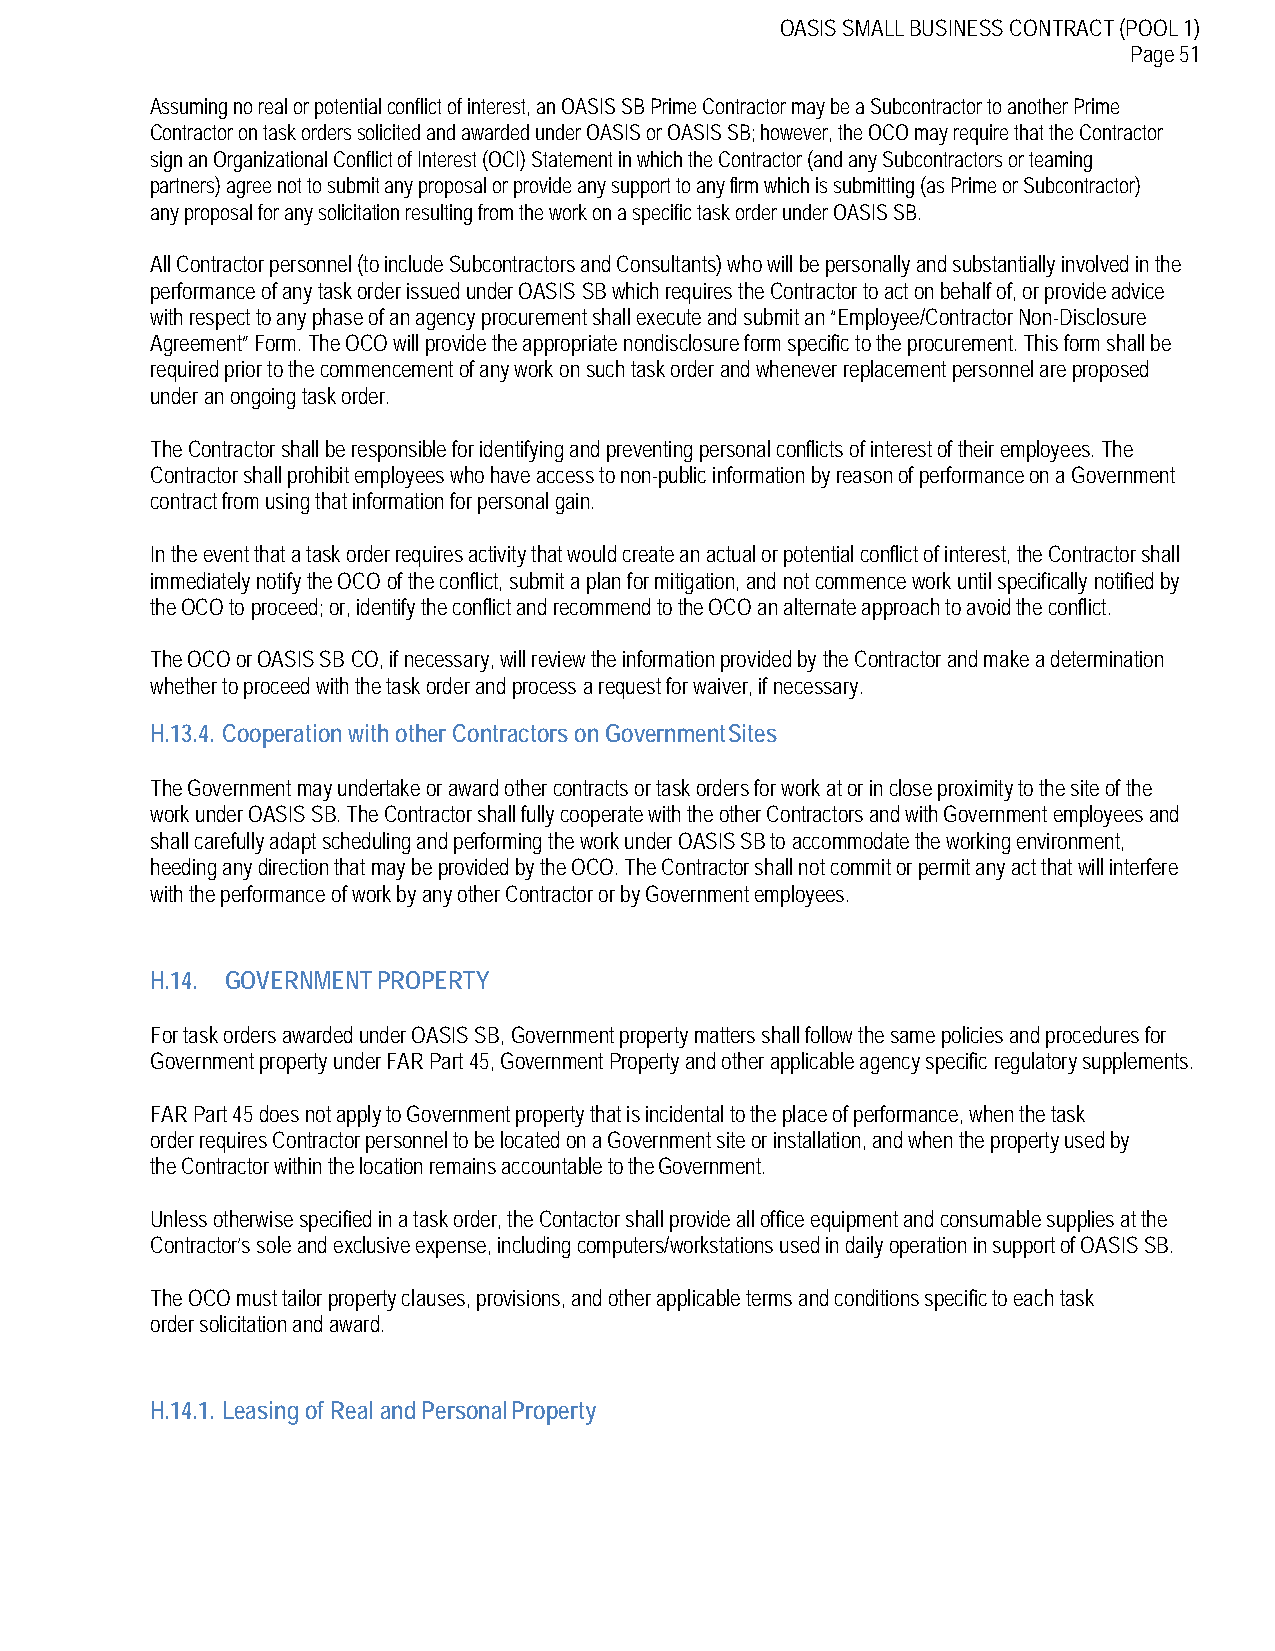
OASIS SMALL BUSINESS CONTRACT (POOL 1)
 Page 51
 Assuming no real or potential conflict of interest, an OASIS SB Prime Contractor may be a Subcontractor to another Prime
 Contractor on task orders solicited and awarded under OASIS or OASIS SB; however, the OCO may require that the Contractor
 sign an Organizational Conflict of Interest (OCI) Statement in which the Contractor (and any Subcontractors or teaming
 partners) agree not to submit any proposal or provide any support to any firm which is submitting (as Prime or Subcontractor)
 any proposal for any solicitation resulting from the work on a specific task order under OASIS SB.
 All Contractor personnel (to include Subcontractors and Consultants) who will be personally and substantially involved in the
 performance of any task order issued under OASIS SB which requires the Contractor to act on behalf of, or provide advice
 with respect to any phase of an agency procurement shall execute and submit an “Employee/Contractor Non-Disclosure
 Agreement” Form. The OCO will provide the appropriate nondisclosure form specific to the procurement. This form shall be
 required prior to the commencement of any work on such task order and whenever replacement personnel are proposed
 under an ongoing task order.
 The Contractor shall be responsible for identifying and preventing personal conflicts of interest of their employees. The
 Contractor shall prohibit employees who have access to non-public information by reason of performance on a Government
 contract from using that information for personal gain.
 In the event that a task order requires activity that would create an actual or potential conflict of interest, the Contractor shall
 immediately notify the OCO of the conflict, submit a plan for mitigation, and not commence work until specifically notified by
 the OCO to proceed; or, identify the conflict and recommend to the OCO an alternate approach to avoid the conflict.
 The OCO or OASIS SB CO, if necessary, will review the information provided by the Contractor and make a determination
 whether to proceed with the task order and process a request for waiver, if necessary.
 H.13.4. Cooperation with other Contractors on Government Sites
 The Government may undertake or award other contracts or task orders for work at or in close proximity to the site of the
 work under OASIS SB. The Contractor shall fully cooperate with the other Contractors and with Government employees and
 shall carefully adapt scheduling and performing the work under OASIS SB to accommodate the working environment,
 heeding any direction that may be provided by the OCO. The Contractor shall not commit or permit any act that will interfere
 with the performance of work by any other Contractor or by Government employees.
 H.14. GOVERNMENT PROPERTY
 For task orders awarded under OASIS SB, Government property matters shall follow the same policies and procedures for
 Government property under FAR Part 45, Government Property and other applicable agency specific regulatory supplements.
 FAR Part 45 does not apply to Government property that is incidental to the place of performance, when the task
 order requires Contractor personnel to be located on a Government site or installation, and when the property used by
 the Contractor within the location remains accountable to the Government.
 Unless otherwise specified in a task order, the Contactor shall provide all office equipment and consumable supplies at the
 Contractor’s sole and exclusive expense, including computers/workstations used in daily operation in support of OASIS SB.
 The OCO must tailor property clauses, provisions, and other applicable terms and conditions specific to each task
 order solicitation and award.
 H.14.1. Leasing of Real and Personal Property